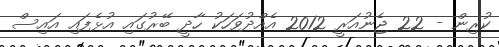
ކުރިން - 22 ޖެނުއަރީ 2012 އެއްދުވަހަކު ހާދީ ބޭރުގައި އުޅެފައި އައިސް